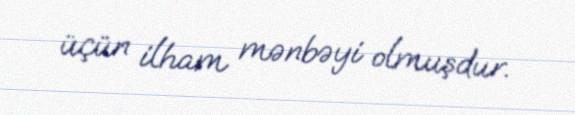
üçün ilham mənbəyi olmuşdur.